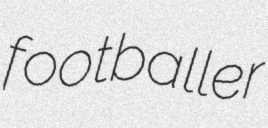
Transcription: footballer